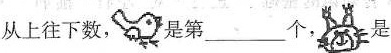
从上往下数， 是第___个， 是